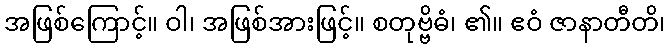
အဖြစ်ကြောင့်။ ဝါ၊ အဖြစ်အားဖြင့်။ စတုဗ္ဗိဓံ၊ ၏။ ဧဝံ ဇာနာတီတိ၊